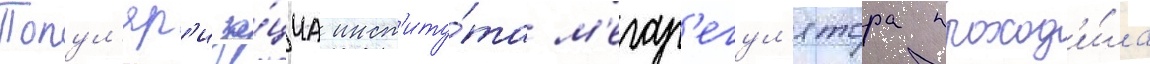
Попул'яр'иза́циа инст'иту́та м'егар'егул'ятора проход'и́ла